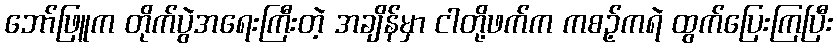
ဘော်ဖြူက တိုက်ပွဲအရေးကြီးတဲ့ အချိန်မှာ ငါတို့ဖက်က ကစဥ့်ကရဲ ထွက်ပြေးကြပြီး